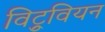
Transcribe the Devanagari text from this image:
विट्रुवियन